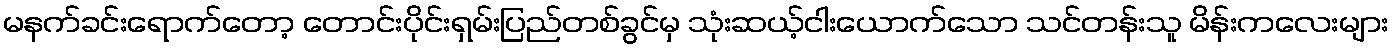
မနက်ခင်းရောက်တော့ တောင်းပိုင်းရှမ်းပြည်တစ်ခွင်မှ သုံးဆယ့်ငါးယောက်သော သင်တန်းသူ မိန်းကလေးများ